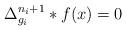
LaTeX: \begin{align*}\Delta_{g_i}^{n_i+1}*f(x)=0\,\end{align*}